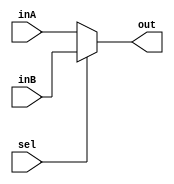
`timescale 1ns / 1ps

////////////////////////////////////////////////////////////////////////////////
// ECE369 - Computer Architecture
// Laboratory 1
// Module - mux_2to1_32bit.v
// Description - Performs signal multiplexing between 2 32-Bit words.
////////////////////////////////////////////////////////////////////////////////

module mux_2to1_32bit(out, inA, inB, sel);

    output  [31:0] out;
    
    input   [31:0] inA;
    input   [31:0] inB;
    input          sel;
	reg [31:0]out;
    /* Fill in the implementation here ... */ 
	 always@(inA,inB,sel)
	 begin
    if (sel == 0)
	 begin
	   out <= inA;
	 end
	 else 
	 begin
      out <= inB;
	 end
	 end
	 

endmodule